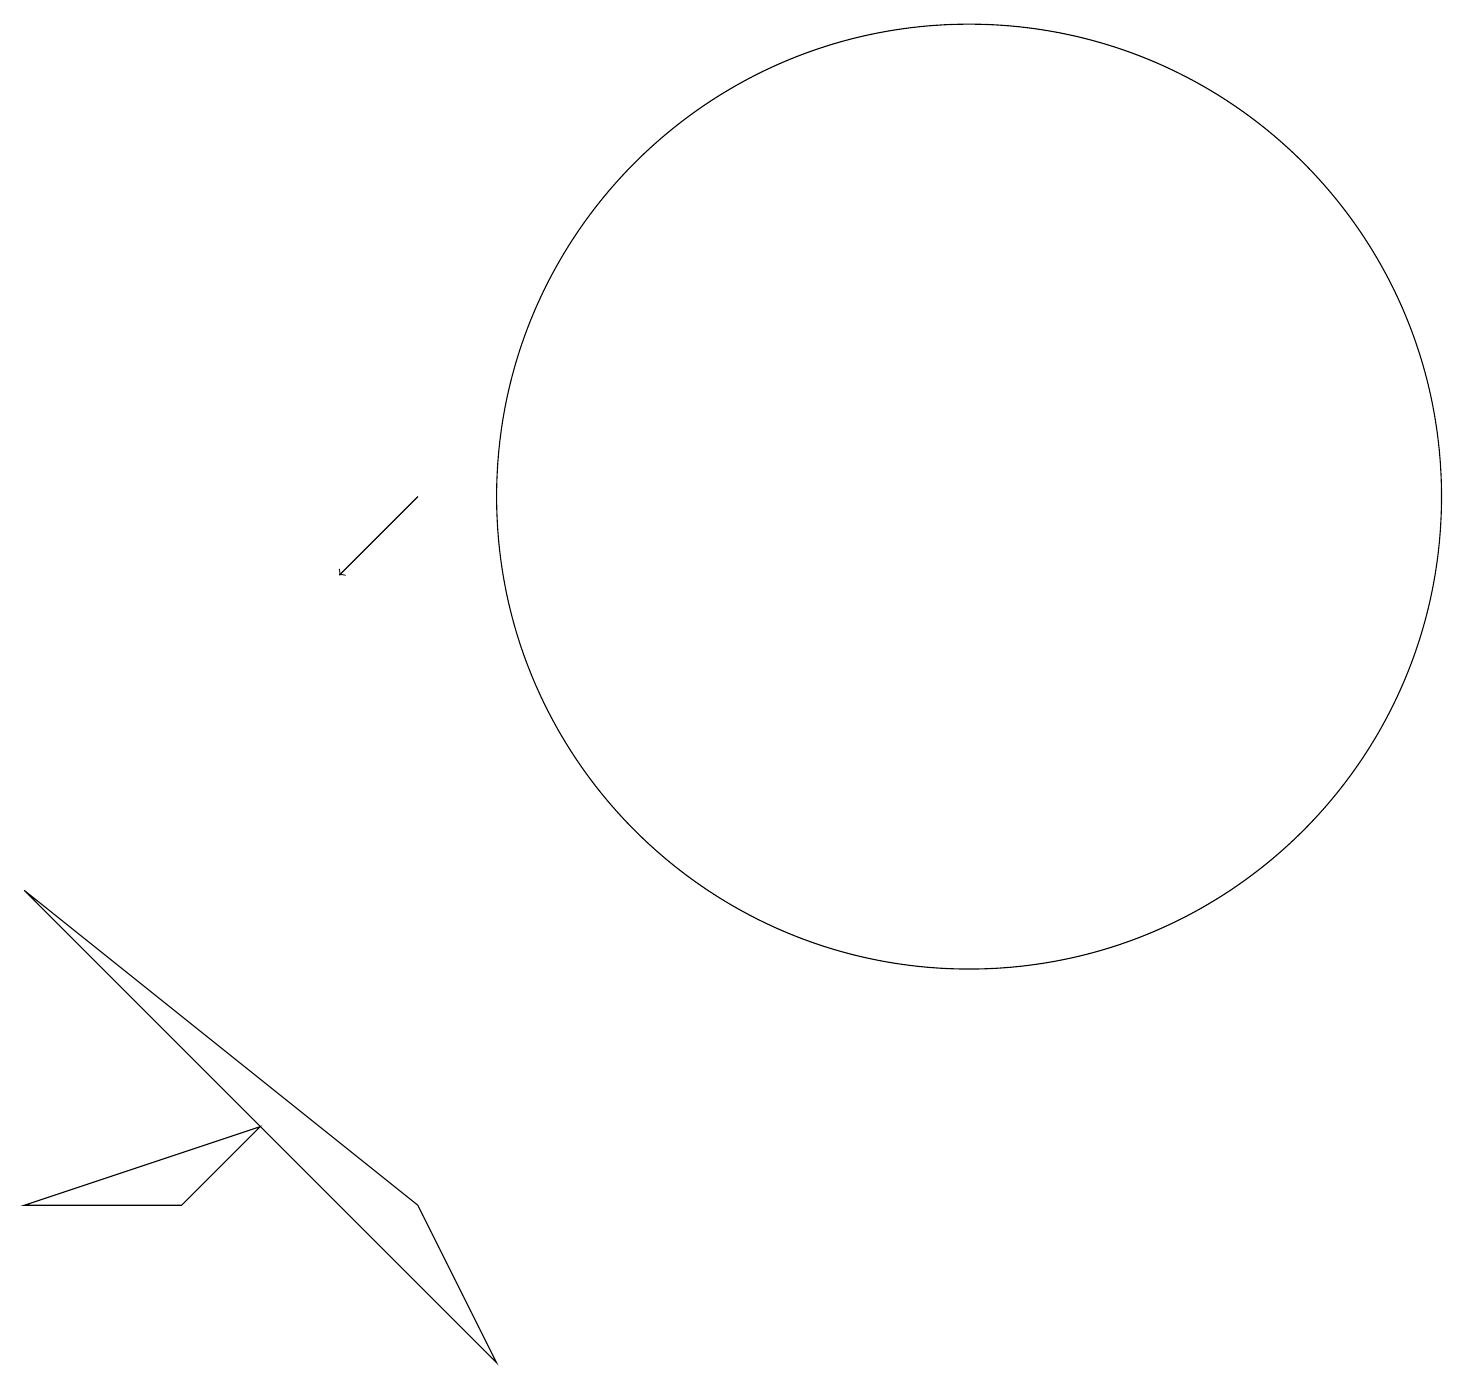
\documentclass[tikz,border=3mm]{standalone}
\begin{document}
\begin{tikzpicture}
\draw (3,3) -- (2,2) -- (0,2) -- cycle;
\draw (0,6) -- (5,2) -- (6,0) -- cycle;
\draw (12,11) circle (6);
\draw[->] (5,11) -- (4,10);
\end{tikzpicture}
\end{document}